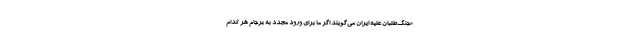
«جنگ‌طلبان علیه ایران می‌گویند اگر ما برای ورود مجدد به برجام هر کدام